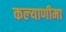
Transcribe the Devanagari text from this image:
कल्‍याणीमा